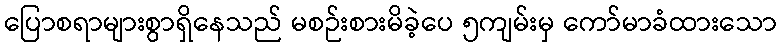
ပြောစရာများစွာရှိနေသည် မစဉ်းစားမိခဲ့ပေ ၅ကျမ်းမှ ကော်မာခံထားသော